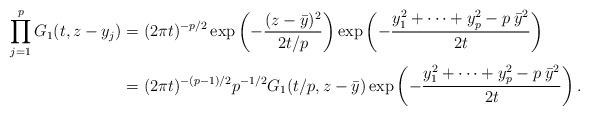
LaTeX: \begin{align*}\prod_{j=1}^p G_1(t,z-y_{j})&=(2\pi t)^{-p/2}\exp\left(-\frac{(z-\bar{y})^2}{2t/p}\right)\exp\left(-\frac{y_{1}^2+\dots+y_{p}^2 -p\:\bar{y}^2}{2t}\right)\\&=(2\pi t)^{-(p-1)/2}p^{-1/2} G_1(t/p,z-\bar{y}) \exp\left(-\frac{y_{1}^2+\dots+y_{p}^2 -p\:\bar{y}^2}{2t}\right).\end{align*}